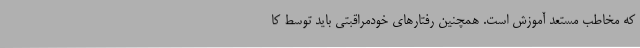
که مخاطب مستعد آموزش است. همچنین رفتارهای خودمراقبتی باید توسط کا